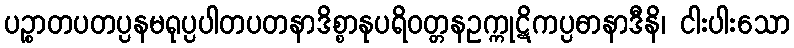
ပဉ္စာတပတပ္ပနမရုပ္ပပါတပတနာဒိစ္စာနုပရိဝတ္တနဥက္ကုဋိကပ္ပဓာနာဒီနိ၊ ငါးပါးသော